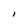
Character: I